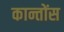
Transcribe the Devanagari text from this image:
कान्तोंस